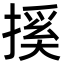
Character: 㨙